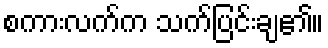
စကားလက်က သက်ပြင်းချ၏။